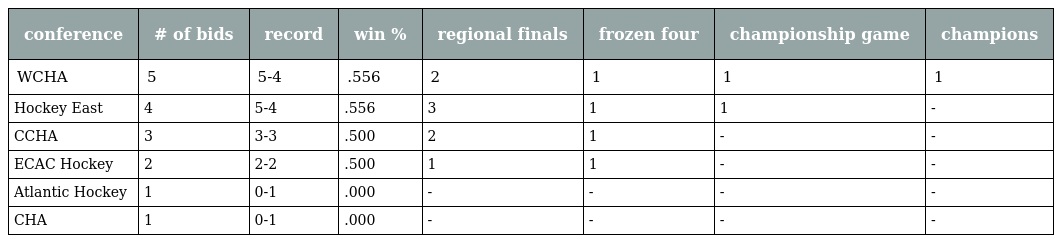
| conference | # of bids | record | win % | regional finals | frozen four | championship game | champions |
 | --- | --- | --- | --- | --- | --- | --- | --- |
 | WCHA | 5 | 5-4 | .556 | 2 | 1 | 1 | 1 |
 | Hockey East | 4 | 5-4 | .556 | 3 | 1 | 1 | - |
 | CCHA | 3 | 3-3 | .500 | 2 | 1 | - | - |
 | ECAC Hockey | 2 | 2-2 | .500 | 1 | 1 | - | - |
 | Atlantic Hockey | 1 | 0-1 | .000 | - | - | - | - |
 | CHA | 1 | 0-1 | .000 | - | - | - | - |